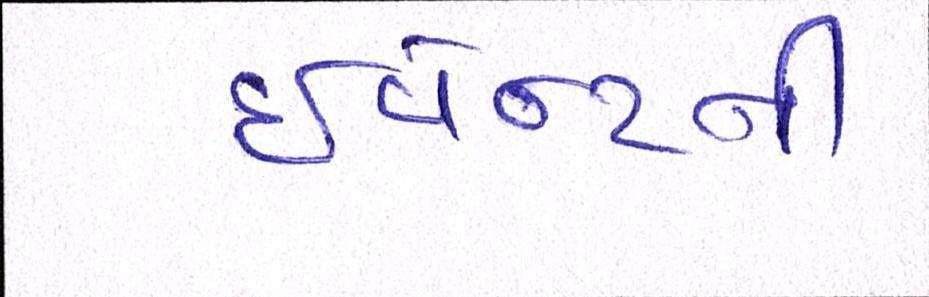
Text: ઇવેન્ટની